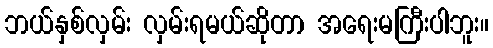
ဘယ်နှစ်လှမ်း လှမ်းရမယ်ဆိုတာ အရေးမကြီးပါဘူး။